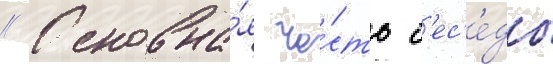
// Основна́я ча́сть б'ес'е́ды